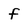
Character: f